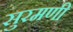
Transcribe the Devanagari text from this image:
सुरमणी